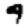
Digit: 9